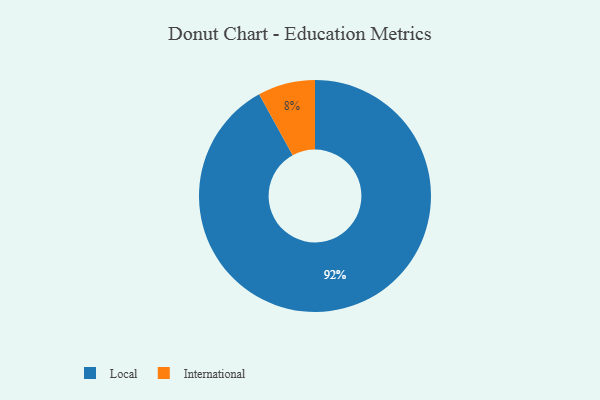
{"axis": {"x": "Category", "y": "Percentage"}, "legend": ["International", "Local"], "data": [{"x": "Local", "y": 92, "type": "Local"}, {"x": "International", "y": 8, "type": "International"}]}